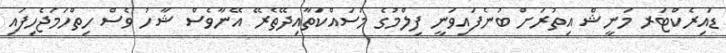
ޑައިރެކްޓަރ މަނީޝް އިތުރަށް ބުނެފައިވަނީ ފިލްމުގެ މަސައްކަތާއިދޭތެރޭ އޭނާވެސް ޝާހު ވެސް ހިތްހަމަޖެހިފައި